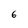
Character: 6